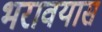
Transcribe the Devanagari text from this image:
भरावयास